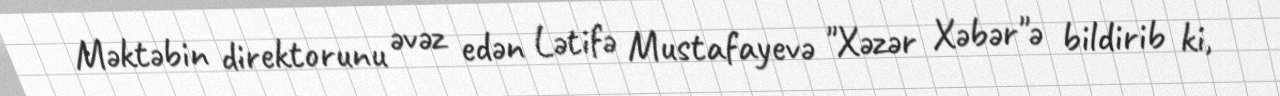
Məktəbin direktorunu əvəz edən Lətifə Mustafayevə "Xəzər Xəbər"ə bildirib ki,